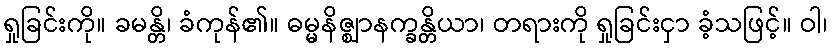
ရှုခြင်းကို။ ခမန္တိ၊ ခံကုန်၏။ ဓမ္မနိဇ္ဈာနက္ခန္တိယာ၊ တရားကို ရှုခြင်းငှာ ခံ့သဖြင့်။ ဝါ၊